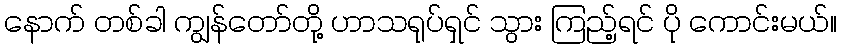
နောက် တစ်ခါ ကျွန်တော်တို့ ဟာသရုပ်ရှင် သွား ကြည့်ရင် ပို ကောင်းမယ်။